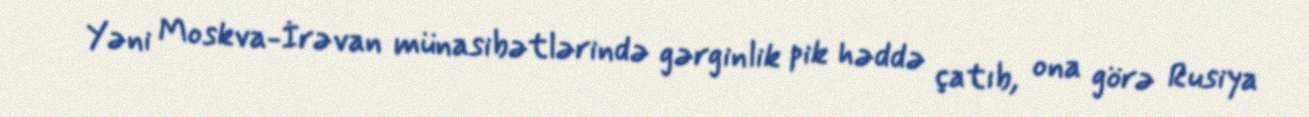
Yəni Moskva-İrəvan münasibətlərində gərginlik pik həddə çatıb, ona görə Rusiya